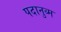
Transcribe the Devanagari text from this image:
पदानुव्म